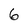
Character: 6